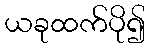
ယခုထက်ပို၍